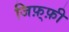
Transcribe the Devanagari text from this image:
जिफ़्फ़ी